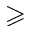
\geqslant